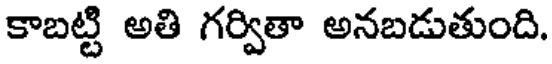
కాబట్టి అతి గర్వితా అనబడుతుంది.